Lunatic asylums Central Provinces reports 1886-1894 - 1886-1894
Year: 1886
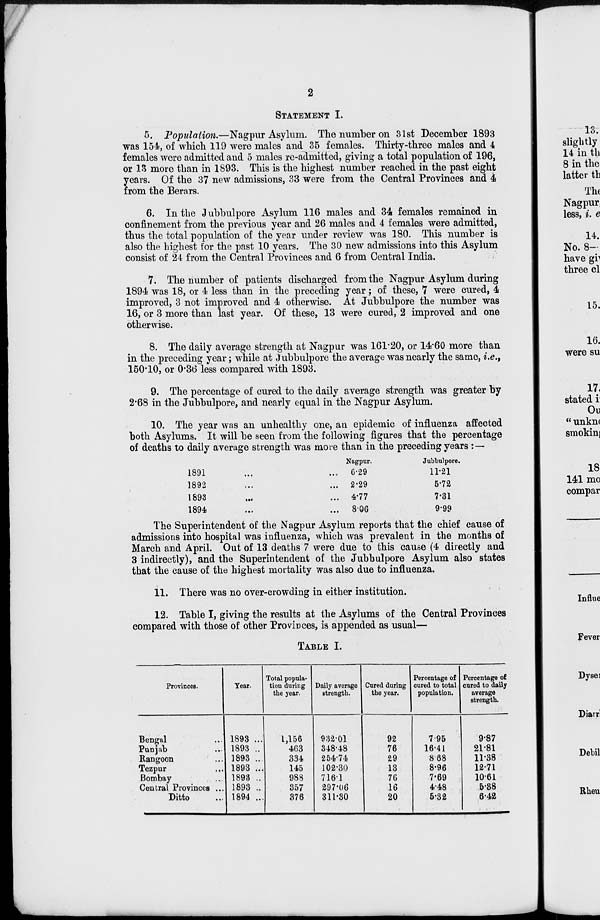
2
STATEMENT I.
5. Population.—Nagpur Asylum. The number on 31st December 1893
was 154, of which 119 were males and 35 females. Thirty-three males and 4
females were admitted and 5 males re-admitted, giving a total population of 196,
or 13 more than in 1893. This is the highest number reached in the past eight
years. Of the 37 new admissions, 33 were from the Central Provinces and 4
from the Berars.
6. In the Jubbulpore Asylum 116 males and 34 females remained in
confinement from the previous year and 26 males and 4 females were admitted,
thus the total population of the year under review was 180. This number is
also the highest for the past 10 years. The 30 new admissions into this Asylum
consist of 24 from the Central Provinces and 6 from Central India.
7. The number of patients discharged from the Nagpur Asylum during
1894 was 18, or 4 less than in the preceding year; of these, 7 were cured, 4
improved, 3 not improved and 4 otherwise. At Jubbulpore the number was
16, or 3 more than last year. Of these, 13 were cured, 2 improved and one
otherwise.
8. The daily average strength at Nagpur was 161.20, or 14.60 more than
in the preceding year; while at Jubbulpore the average was nearly the same, i.e.,
150.10, or 0.36 less compared with 1893.
9. The percentage of cured to the daily average strength was greater by
2.68 in the Jubbulpore, and nearly equal in the Nagpur Asylum.
10. The year was an unhealthy one, an epidemic of influenza affected
both Asylums. It will be seen from the following figures that the percentage
of deaths to daily average strength was more than in the preceding years : —
1891 ... ...
1892
...
...
1893
...
...
1894 ... ...
Nagpur.
6.29
2.29
4.77
8.06
Jubbulpore.
11.21
5.72
7.31
9.99
The Superintendent of the Nagpur Asylum reports that the chief cause of
admissions into hospital was influenza, which was prevalent in the months of
March and April. Out of 13 deaths 7 were due to this cause (4 directly and
3 indirectly), and the Superintendent of the Jubbulpore Asylum also states
that the cause of the highest mortality was also due to influenza.
11. There was no over-crowding in either institution.
12. Table I, giving the results at the Asylums of the Central Provinces
compared with those of other Provinces, is appended as usual—
TABLE I.
Provinces.
Bengal ...
Punjab ...
Rangoon ...
Tezpur ...
Bombay ...
Central Provinces ...
Ditto ...
Year.
1893 ...
1893 ..
1893 ...
1893 ...
1893 ..
1893 ..
1894 ...
Total popula-
tion during
the year.
1,156
463
334
145
988
357
376
Daily average
strength.
932.01
348.48
254.74
102.30
716.1
297.06
311.30
Cured during
the year.
92
76
29
13
76
16
20
Percentage of
cured to total
population.
7.95
16.41
8.68
8.96
7.69
4.48
5.32
Percentage of
cured to daily
average
strength.
9.87
21.81
11.38
12.71
10.61
5.38
6.42